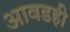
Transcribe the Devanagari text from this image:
आवडही